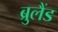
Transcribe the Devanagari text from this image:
ब्रुलैंड